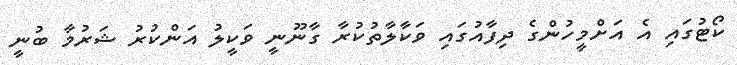
ކޯޓުގައި އެ އަށްމީހުންގެ ދިފާއުގައި ވަކާލާތުކުރާ ގާނޫނީ ވަކީލު އަންކުރު ޝަރުމާ ބުނީ